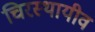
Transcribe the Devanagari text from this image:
चिरस्थायीव